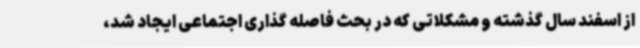
از اسفند سال گذشته و مشکلاتی که در بحث فاصله گذاری اجتماعی ایجاد شد،